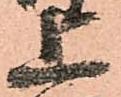
上